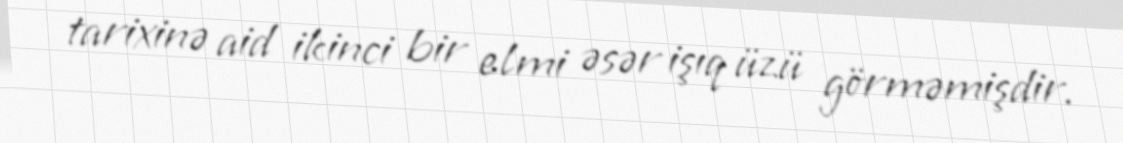
tarixinə aid ikinci bir elmi əsər işıq üzü görməmişdir.